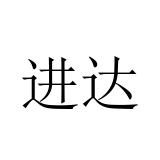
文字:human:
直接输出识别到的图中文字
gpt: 进达